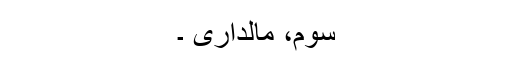
سوم، مالداری ۔